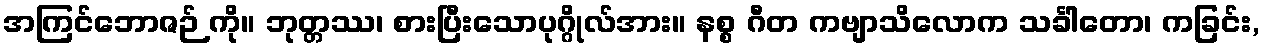
အကြင်ဘောဇဉ် ကို။ ဘုတ္တဿ၊ စားပြီးသောပုဂ္ဂိုလ်အား။ နစ္စ ဂီတ ကဗျာသိလောက သင်္ခါတော၊ ကခြင်း,